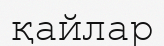
қайлар